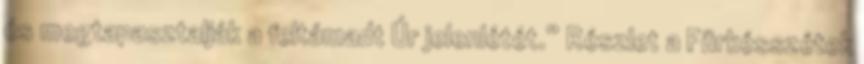
és megtapasztalják a feltámadt Úr jelenlétét.” Részlet a Fürkésszétek